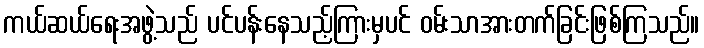
ကယ်ဆယ်ရေးအဖွဲ့သည် ပင်ပန်းနေသည့်ကြားမှပင် ဝမ်းသာအားတက်ခြင်းဖြစ်ကြသည်။